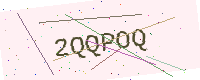
Text: 2QQPOQ